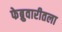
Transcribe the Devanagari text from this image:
फेब्रुवारीतला